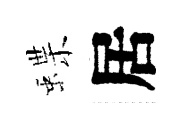
蝶居